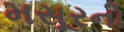
મસૂરનો